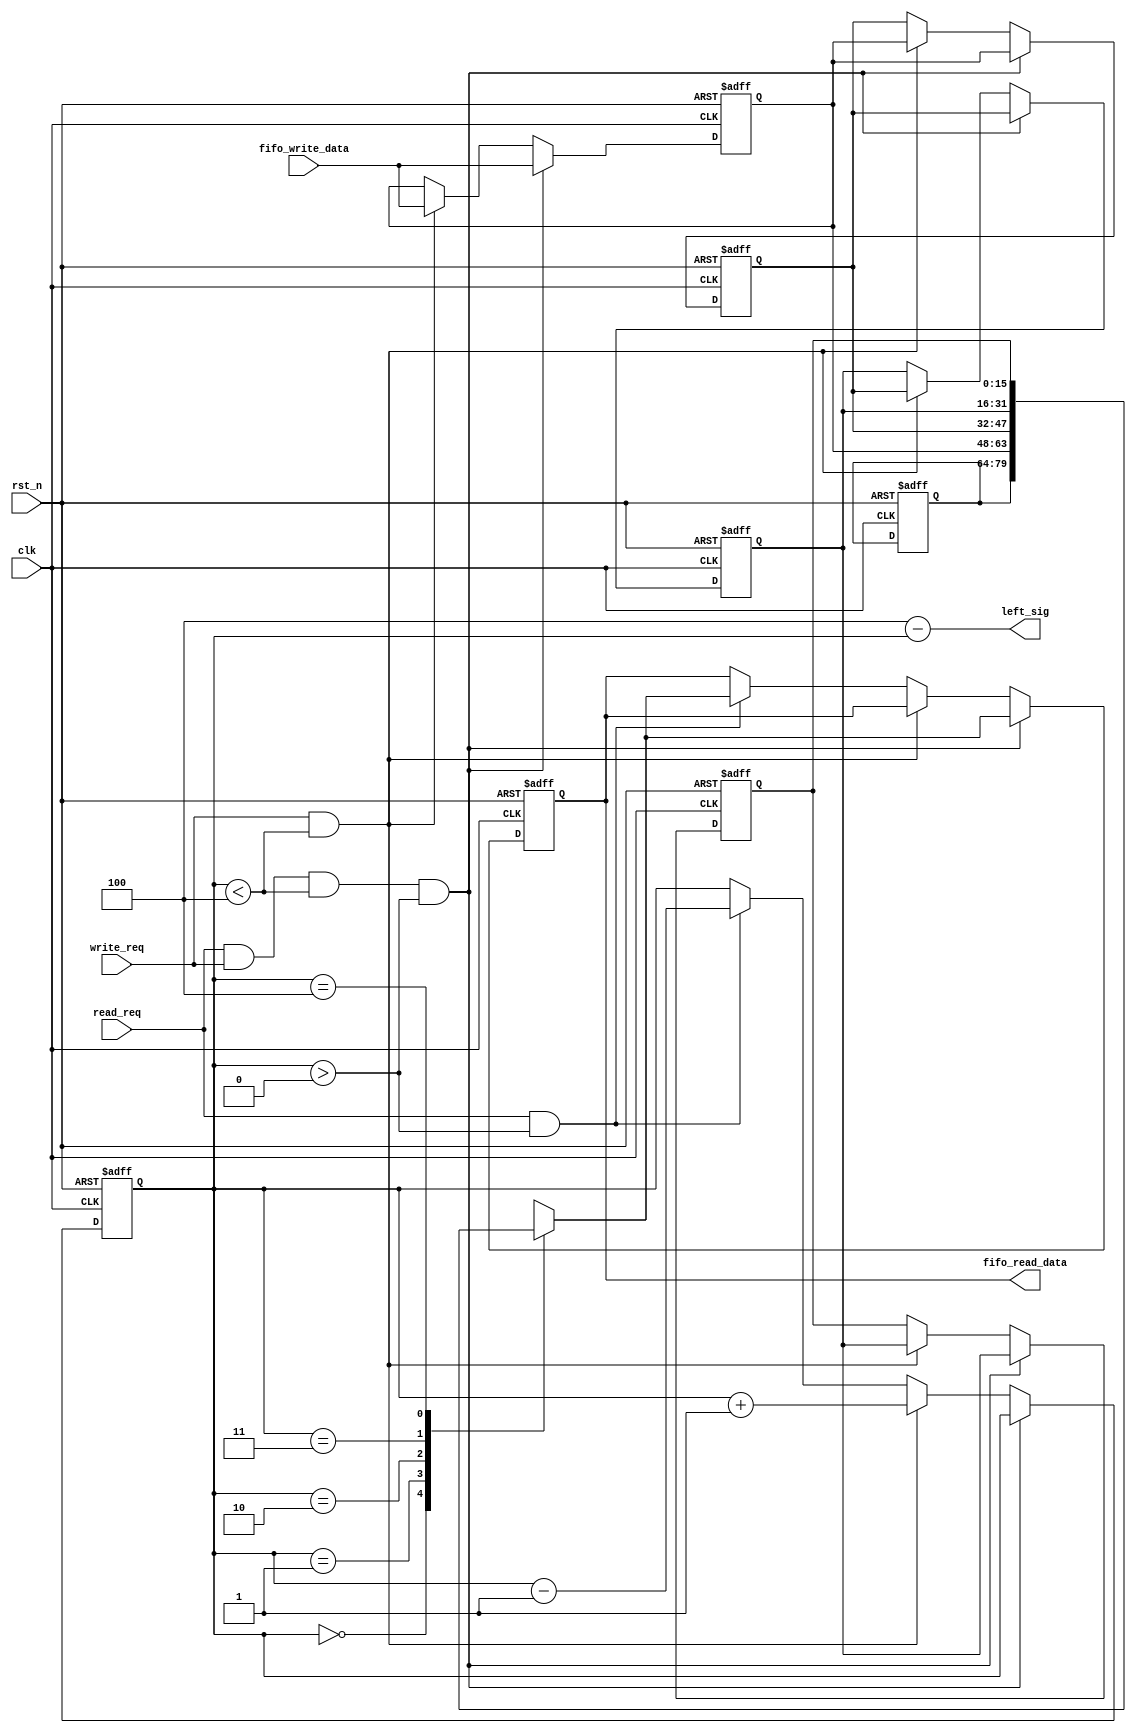
module fifo_module_2(
    clk,
    rst_n,
    write_req,
    fifo_write_data,
    read_req,
    fifo_read_data,
    left_sig
    );
    
    input clk;
    input rst_n;
    
    input write_req;
    input [15:0]fifo_write_data;
    
    input read_req;
    output [15:0]fifo_read_data;
    
    output [2:0]left_sig;
    
    /**************************************/
    
    parameter FIFO_DEEP = 3'd4;
    reg [15:0] shift [FIFO_DEEP:0];
    
    reg [2:0]count;
    reg [15:0]data;
       
    always @(posedge clk or negedge rst_n) begin
        if (!rst_n) begin
            shift[0] <= 16'd0;
            shift[1] <= 16'd0;
            shift[2] <= 16'd0;
            shift[3] <= 16'd0;
            shift[4] <= 16'd0;
            count <= 3'd0;
            data <= 16'd0;
        end
        else if(read_req && write_req && count < FIFO_DEEP && count > 0) begin
            shift[1] <= fifo_write_data;
            shift[2] <= shift[1];
            shift[3] <= shift[2];
            shift[4] <= shift[3];
            data <= shift[count];
        end
        else if(write_req && count < FIFO_DEEP) begin
            shift[1] <= fifo_write_data;
            shift[2] <= shift[1];
            shift[3] <= shift[2];
            shift[4] <= shift[3];
            
            count <= count + 1'b1;
        end
        else if(read_req && count > 0) begin
            data <= shift[count];
            count <= count - 1'b1;
        end
    end
    
    assign fifo_read_data = data;
    assign left_sig = FIFO_DEEP - count;
    
endmodule